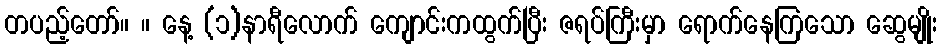
တပည့်တော်။ ။ နေ့ (၁)နာရီလောက် ကျောင်းကထွက်ပြီး ဇရပ်ကြီးမှာ ရောက်နေကြသော ဆွေမျိုး